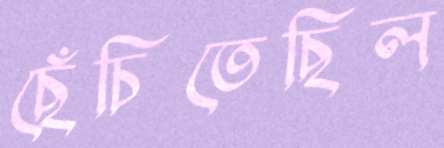
ছেঁচিতেছিল